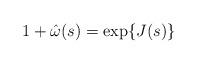
LaTeX: \begin{align*} 1+\hat\omega(s)=\exp\{J(s)\} \end{align*}